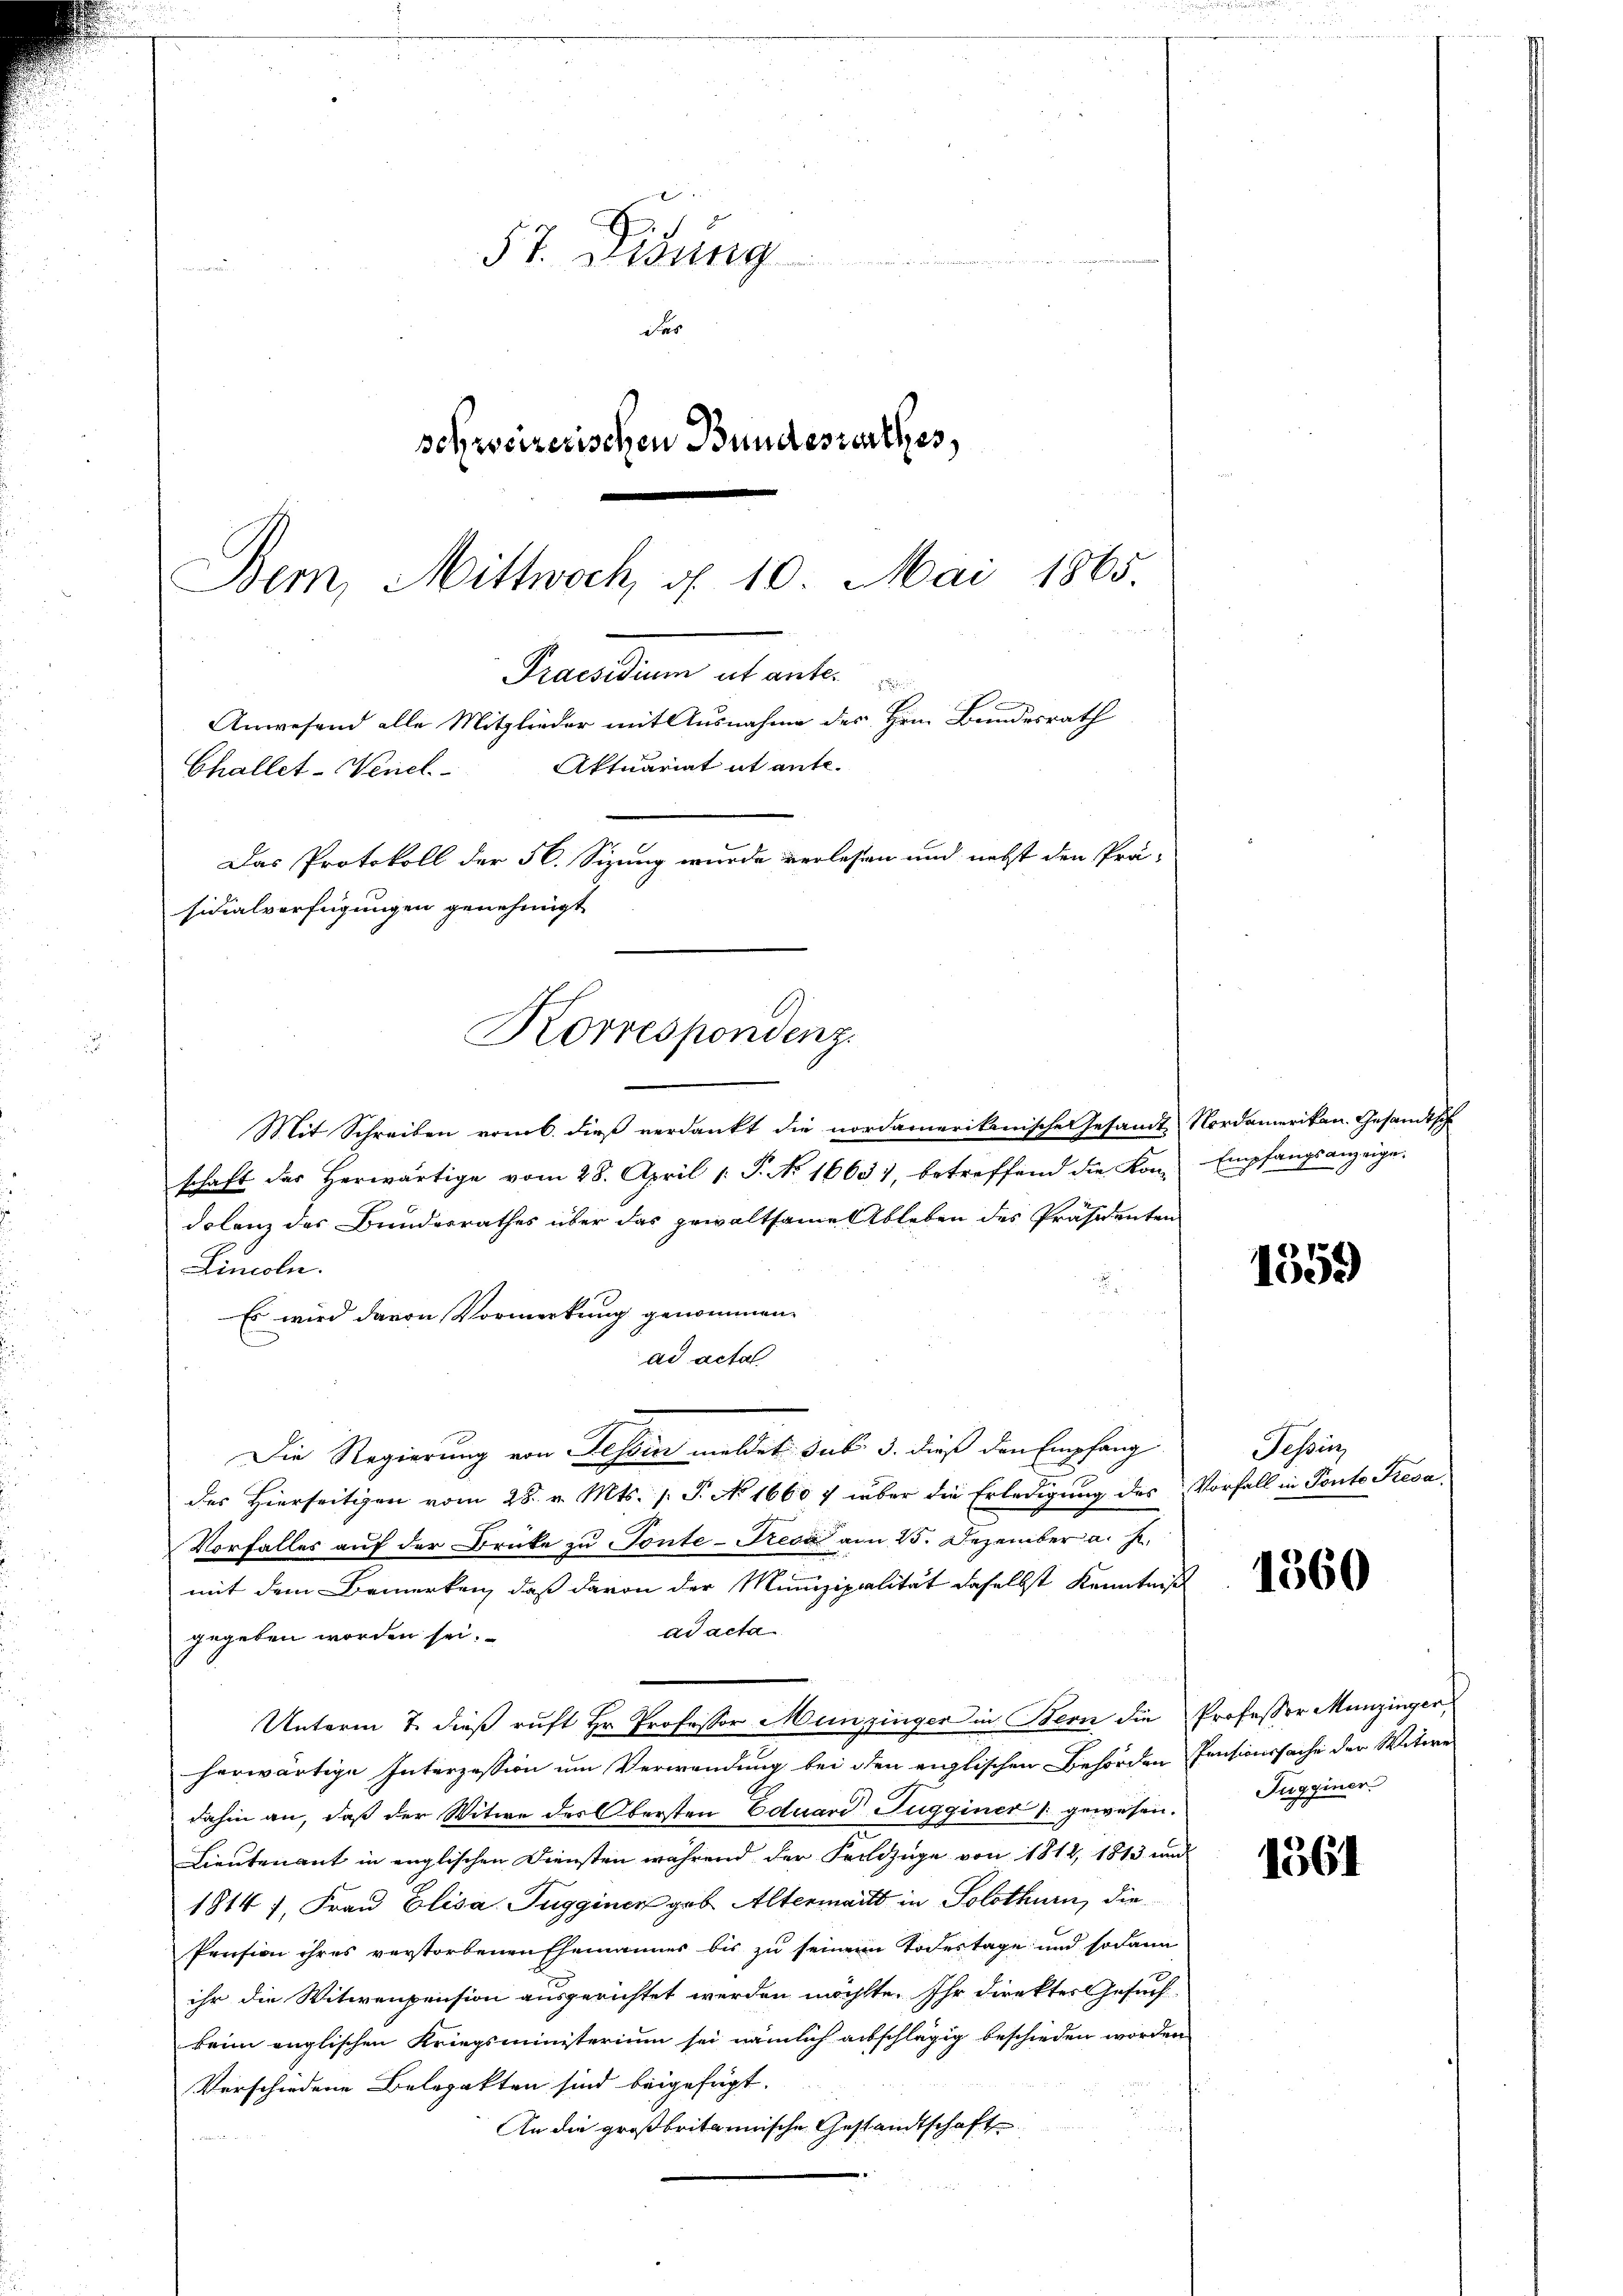
57. Desung
des
schweizerischen Bundesserthes,
Bem, Mittwoch, d. 10. Mai 1865.

Praesidium ut ante.
Anwesend alle Mitglieder mit Ausnahme des Hrn. Bundesrath
Aktuariat it ente.
Challet-Wenel
Das Protokoll der 56. Sizung wurde verlesen und nebst den Prä-
sidialverfügungen genehmigt
Korrespondenz.

Mit Schreiben vom 6. dieß verdankt die nordamerikanische Gesandt, Nordamerikan. Gesandtsch
schaft des Herwärtige vom 28. April [ P. No 1663), betreffend die Kon-Empfangsanzeige.
dolenz des Bundesrathes über das gewaltsame Ableben des Präsidenten
Lincoln.
Es wird davon Vormerkung genommen.
ad acta
Die Regierung von Tessin meldet sub 3. dieß den Empfang
des Hierseitigen vom 28. v. Mts. s. S. No 1660 f über die Erledigung des Vorfall in Ponto Fresa
Vorfalles auf der Drucke zu Ponte-Recal am 25. Dezember a. J.
mit dem Bemerken, daß davon der Munizipalität daselbst Kenntniß
ad acta
gegeben worden sei.
Unterm 7. dieß ruft Hr. Professor Munzinger in Bern die Professor Munzinger
herwärtige Interzession um Verwendung bei den englischen Behörden Pensionssache der Witwe
dahin an, daß der Witwe des Obersten Eduard Zugginer " gewesen. Guggener
Lieutenant in englischen Diensten während der Feldzüge von 1814, 1813 und
1814 f., Frau Elisa Tugginen geb. Altermaitt in Solothurn, die
Pension ihres verstorbenen Ehemannes bis zu seinem Todestage und sodann
ihr die Witwenpension ausgerichtet werden möchte. Ihr direktes Gesuch-
kein englischen Kriegsministerium sei nämlich ausschlägig beschieden worden
Verschiedene Belopakten sind beigefügt.
An die großbritannische Gestandtschaft

1559

Schinz

1360

1561